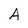
Character: A